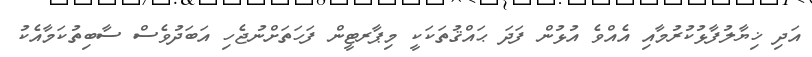
އަދި ޚިޔާލުފާޅުކުރުމާއި އެއްވެ އުޅުން ފަދަ ޙައްޤުތަކަކީ މިޕާރޓީން ފަހަތަށްނުޖެހި އަބަދުވެސް ސާބިތުކަމާއެކު